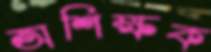
অশিক্ষক